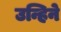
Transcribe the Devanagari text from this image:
उन्हिने